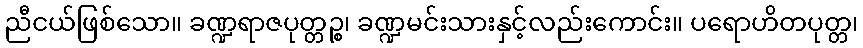
ညီငယ်ဖြစ်သော။ ခဏ္ဍရာဇပုတ္တဉ္စ၊ ခဏ္ဍမင်းသားနှင့်လည်းကောင်း။ ပရောဟိတပုတ္တ၊